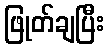
ဖြုတ်ချပြီး